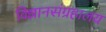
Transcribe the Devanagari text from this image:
विज्ञानसंग्रहालय